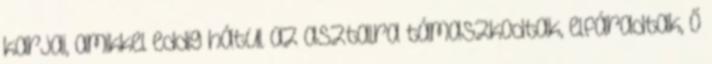
karjai, amikkel eddig hátul az asztalra támaszkodtak, elfáradtak, ő